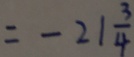
= - 2 1 \frac { 3 } { 4 }